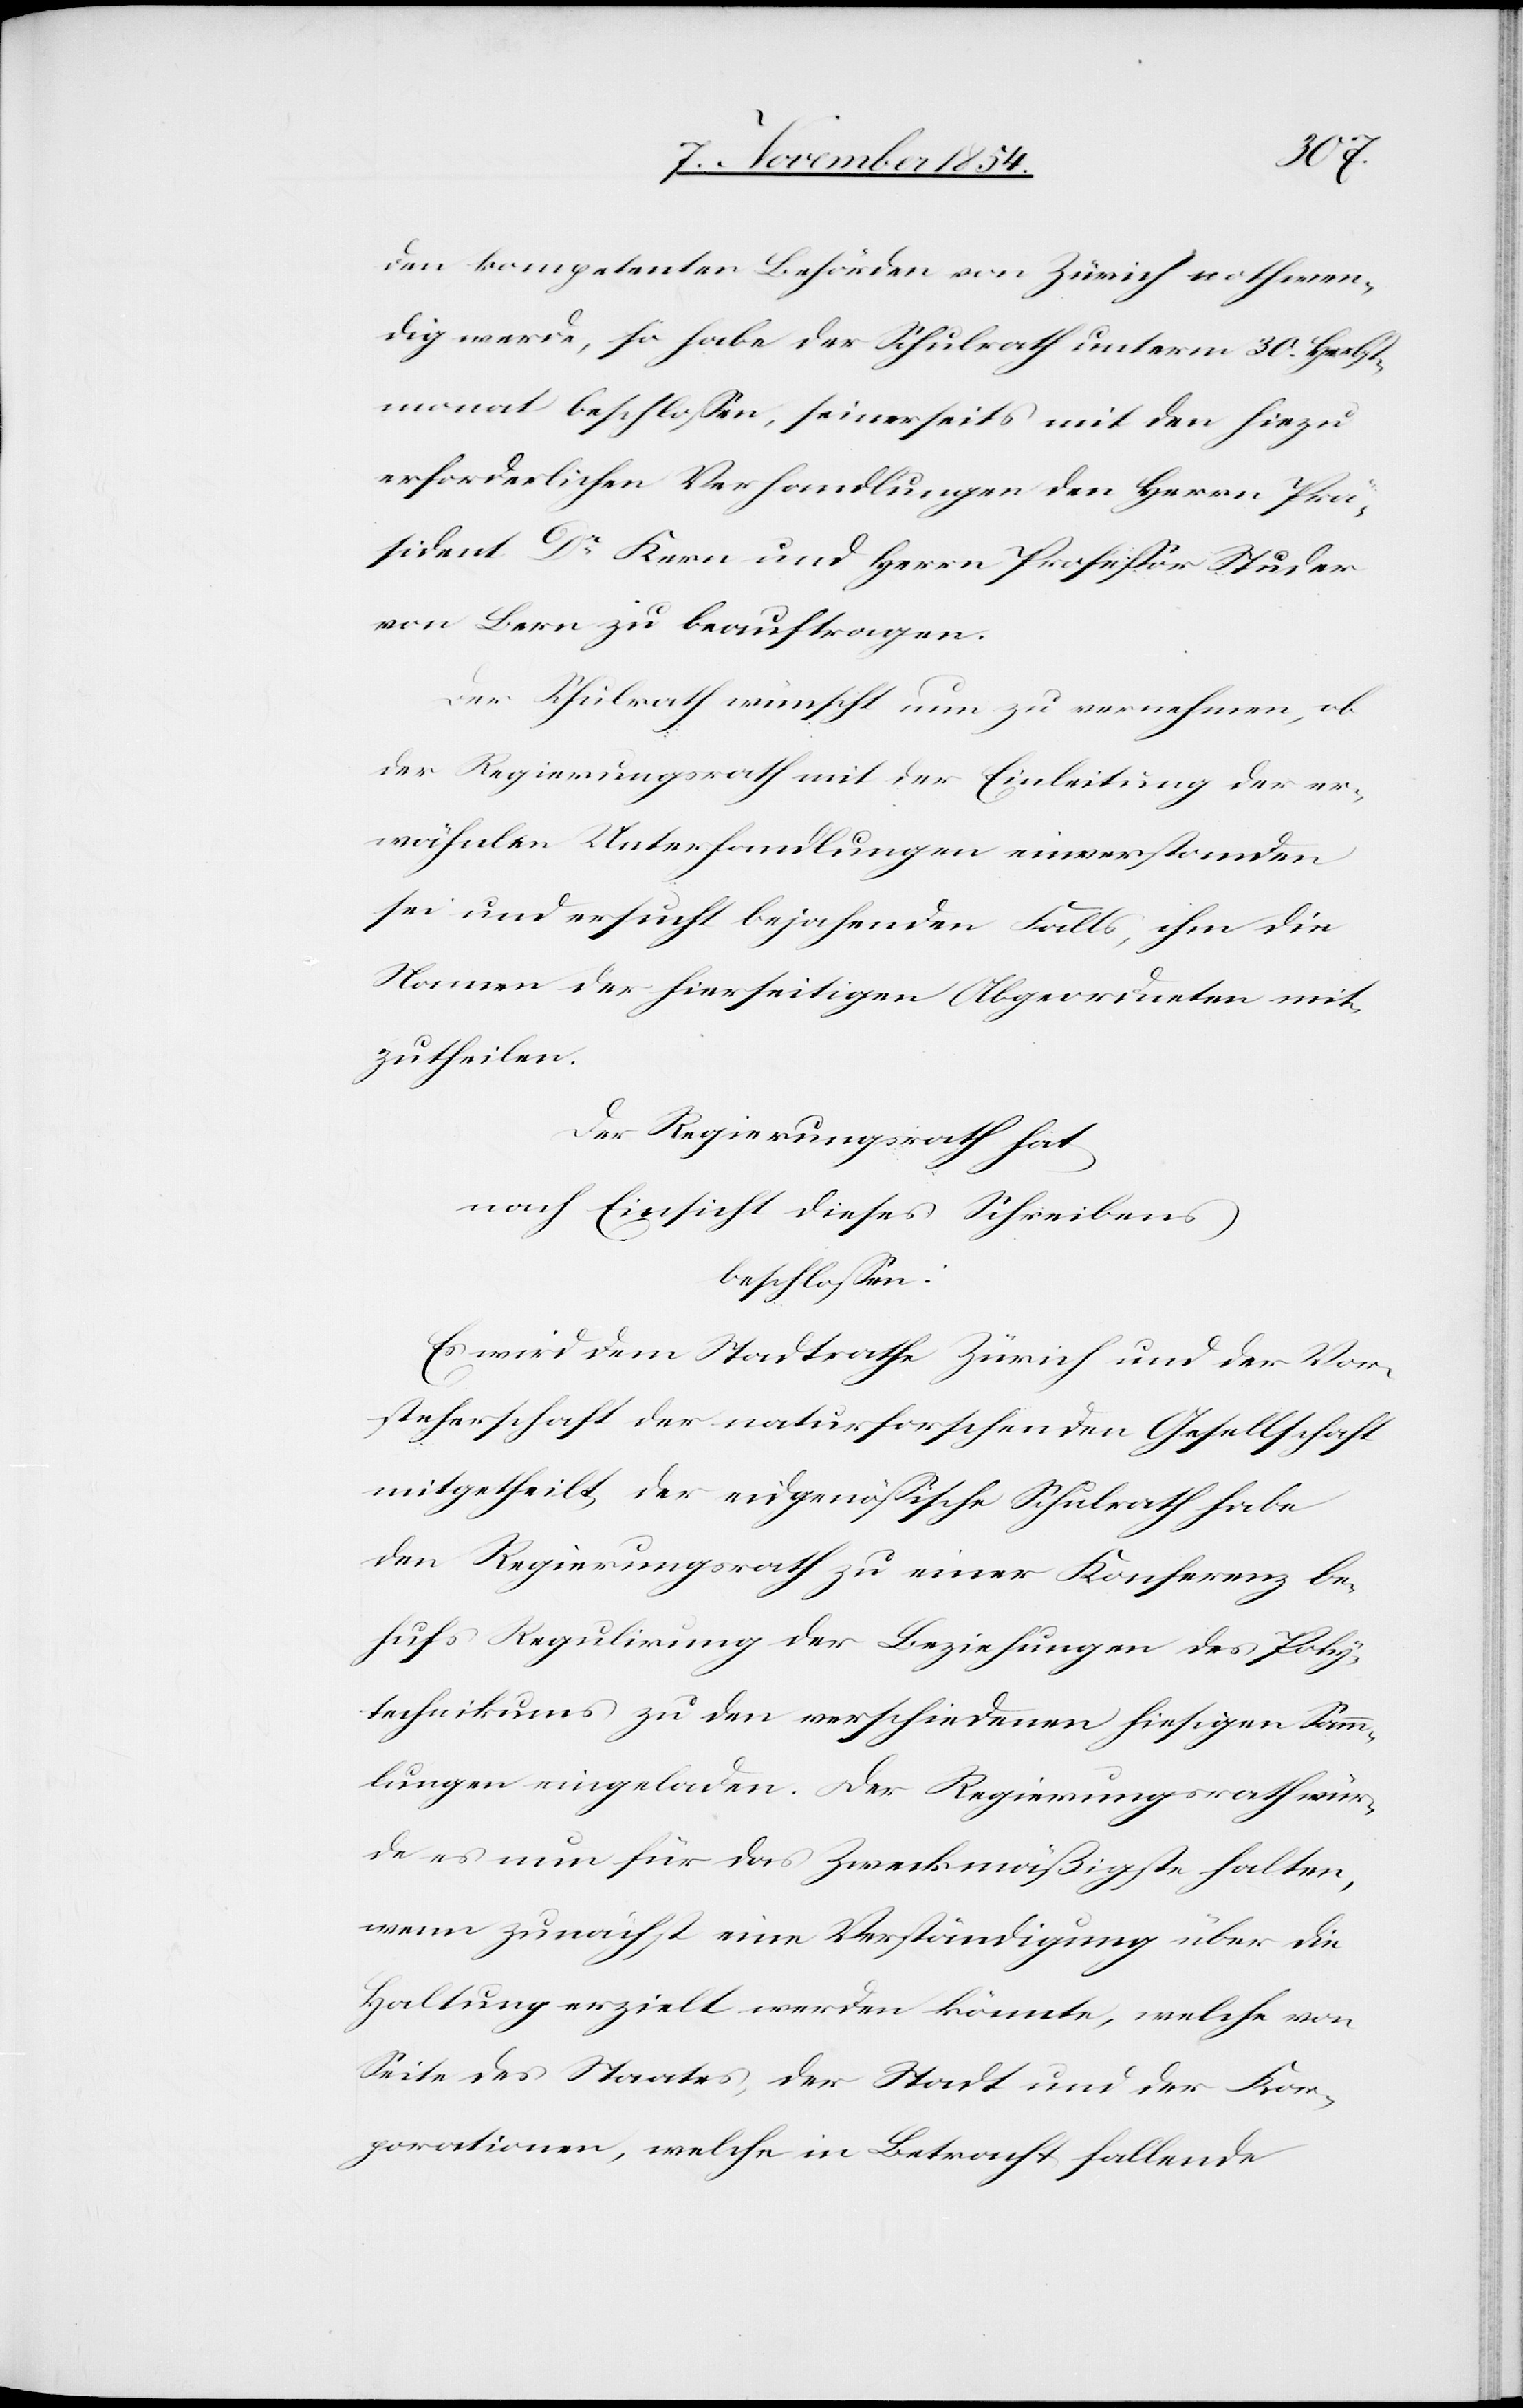
den kompetenten Behörden von Zürich nothwen¬
dig werde, so habe der Schulrath unterm 30. Herbst¬
monat beschloßen, seinerseits mit den hiezu
erforderlichen Verhandlungen den Herrn Prä¬
sidenten Dr Kern und Herrn Profeßor Studer
von Bern zu beauftragen.
Der Schulrath wünscht nun zu vernehmen, ob
der Regierungsrath mit der Einleitung der er¬
wähnten Unterhandlungen einverstanden
sei und ersucht bejahenden Falls, ihm die
Namen der hierseitigen Abgeordneten mit¬
zutheilen.
Der Regierungsrath hat
nach Einsicht dieses Schreibens
beschloßen:
Es wird dem Stadtrathe Zürich und der Vor¬
steherschaft der naturforschenden Gesellschaft
mitgetheilt, der eidgenößische Schulrath habe
den Regierungsrath zu einer Konferenz be¬
hufs Regulirung der Beziehungen des Poly¬
technikums zu den verschiedenen hiesigen Samm¬
lungen eingeladen. Der Regierungsrath wür¬
de es nun für das Zweckmäßigste halten
wenn zunächst eine Verständigung über die
Haltung erzielt werden könnte, welche von
Seite des Staates, der Stadt und der Kor¬
porationen, welche in Betracht fallende